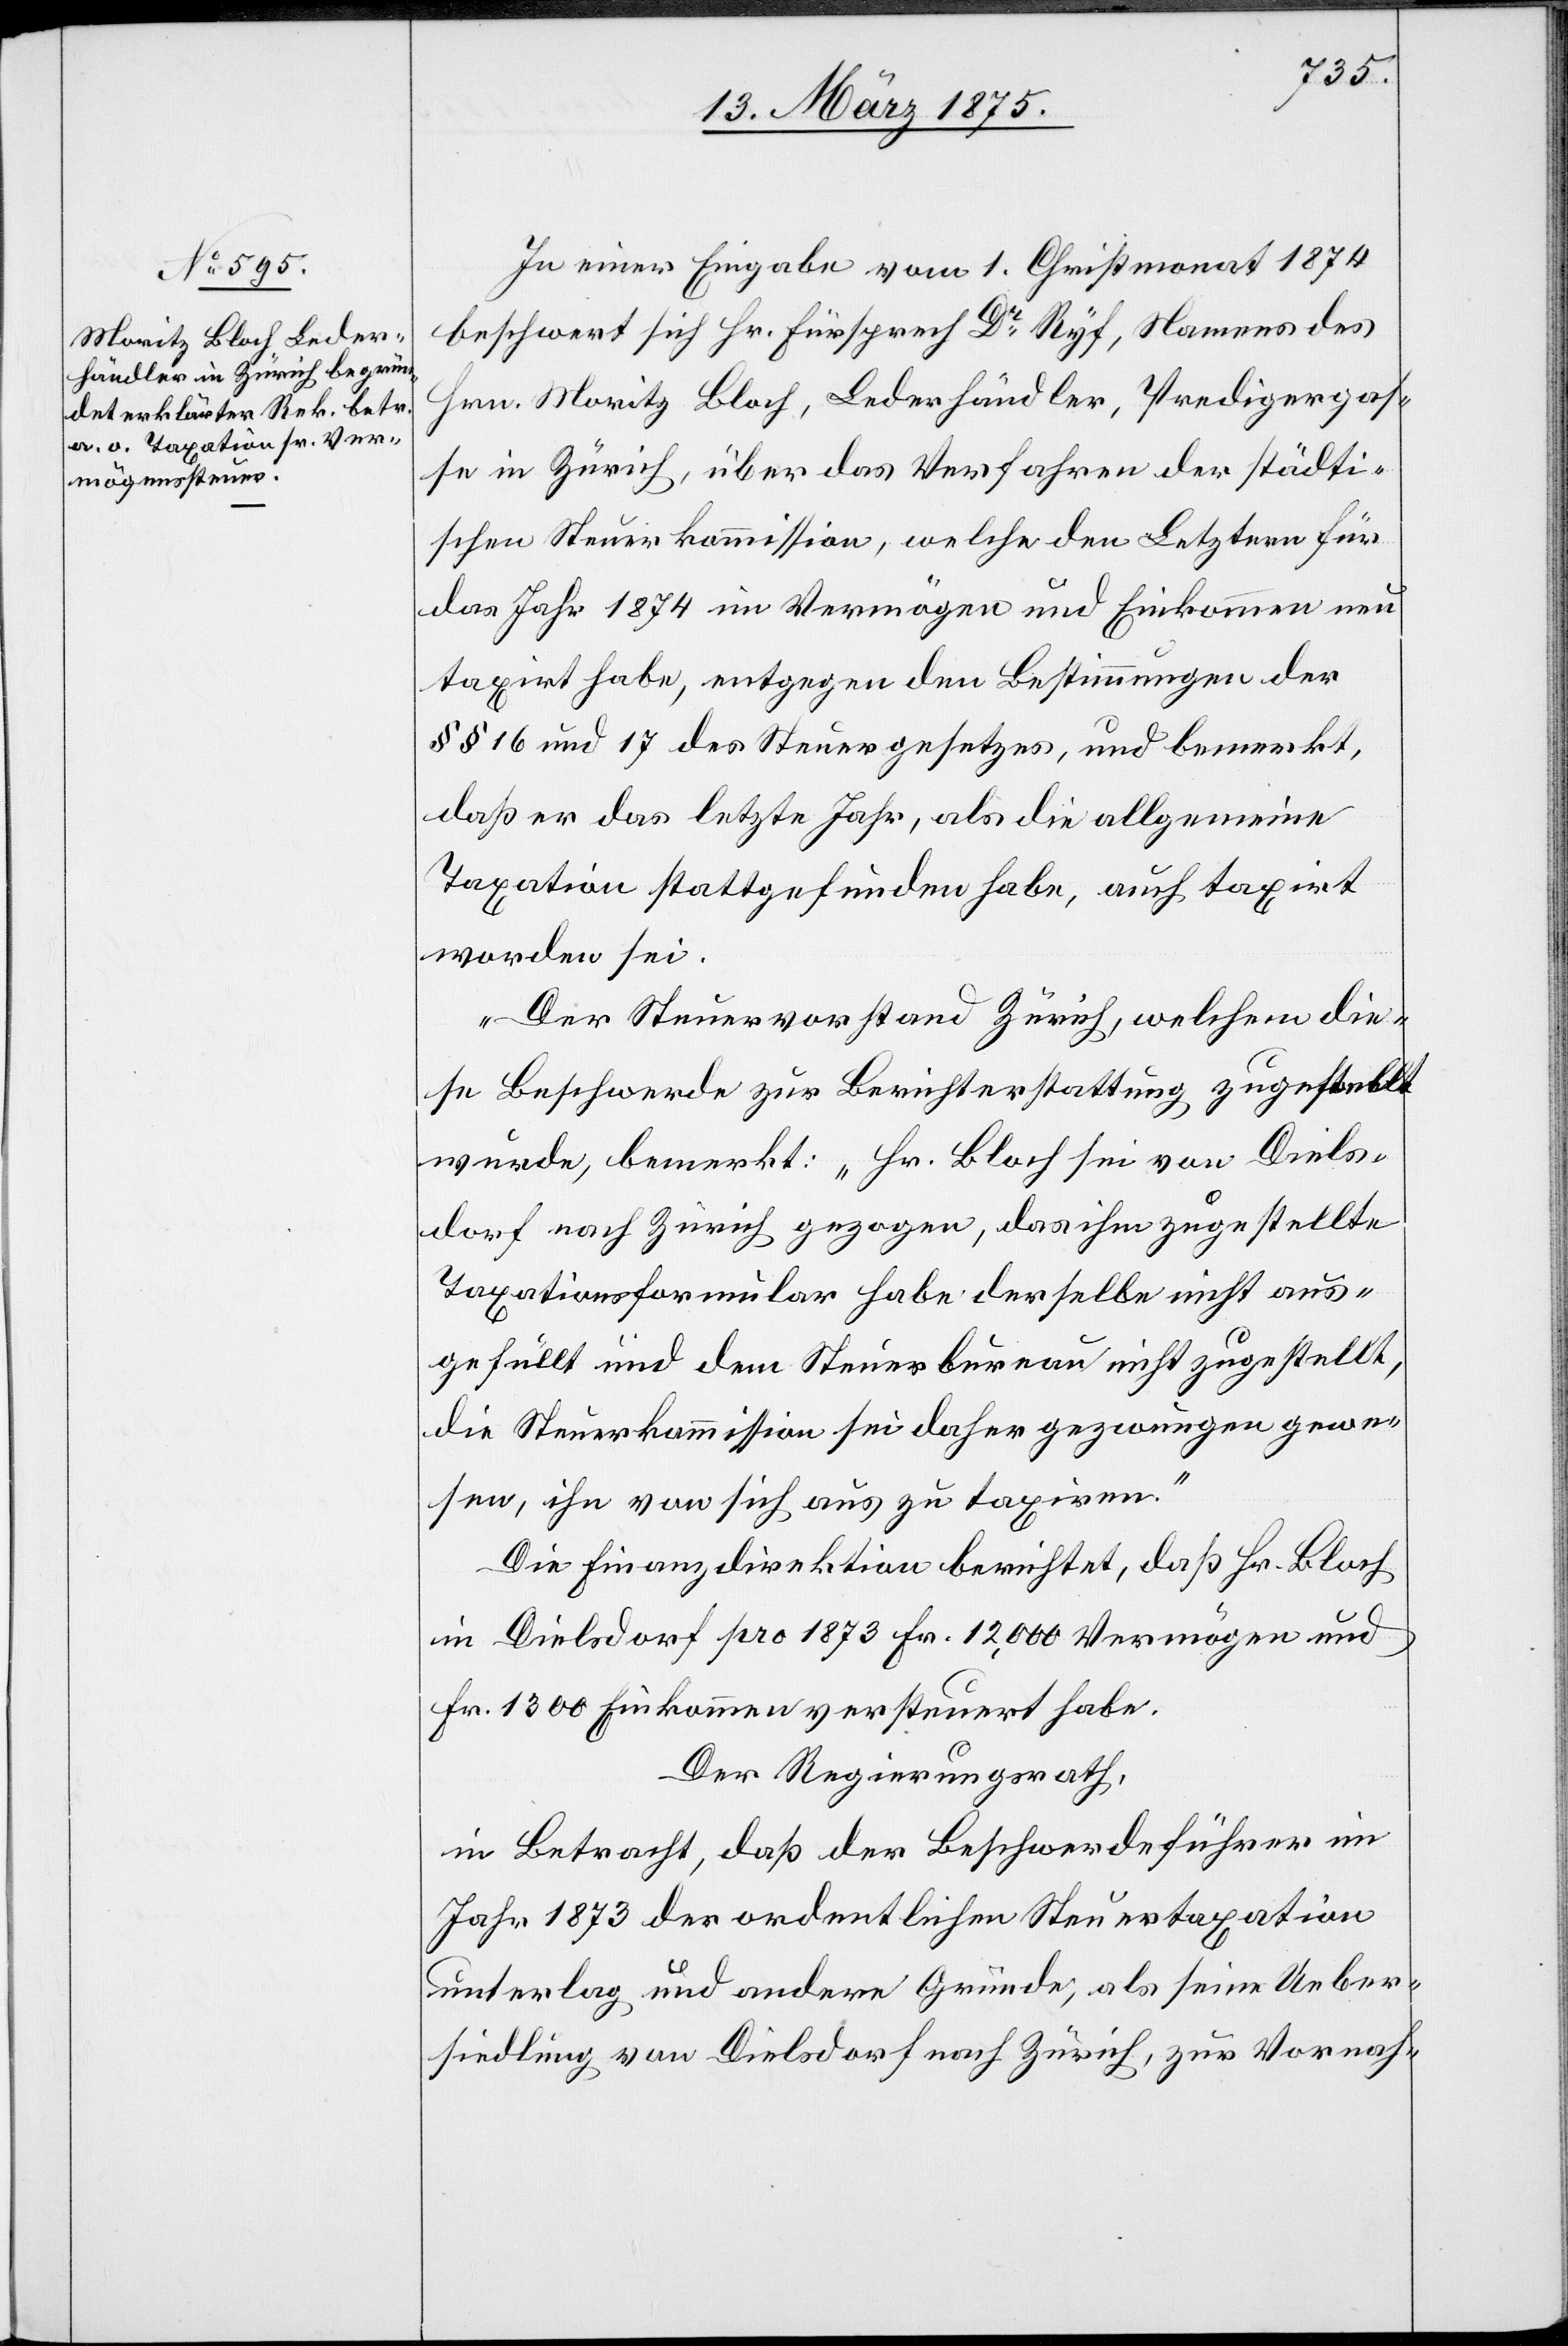
In einer Eingabe vom 1. Christmonat 1874
beschwert sich Hr. Fürsprech Dr Ryf, Namens des
Hrn. Moritz Bloch, Lederhändler, Predigergas¬
se in Zürich, über das Verfahren der städti¬
schen Steuerkommission, welche den Letztern für
das Jahr 1874 im Vermögen und Einkommen neu
taxirt habe, entgegen den Bestimmungen der
§§ 16 und 17 des Steuergesetzes, und bemerkt,
daß er das letzte Jahr, als die allgemeine
Taxation stattgefunden habe, auch taxirt
worden sei.
Der Steuervorstand Zürich, welchem die¬
se Beschwerde zur Berichterstattung zugestellt
wurde bemerkt: „Hr. Bloch sei von Diels¬
dorf nach Zürich gezogen, das ihm zugestellte
Taxationsformular habe derselbe nicht aus¬
gefüllt und dem Steuerbureau nicht zugestellt,
die Steuerkommission sei daher gezwungen gewe¬
sen, ihn von sich aus zu taxiren.“
Die Finanzdirektion berichtet, daß Hr. Bloch
in Dielsdorf pro 1873 Fr. 12,000 Vermögen und
Fr. 1300 Einkommen versteuert habe.
Der Regierungsrath,
in Betracht, daß der Beschwerdeführer im
Jahr 1873 der ordentlichen Steuertaxation
unterlag und andere Gründe, als seine Ueber¬
siedlung von Dielsdorf nach Zürich, zur Vornah-